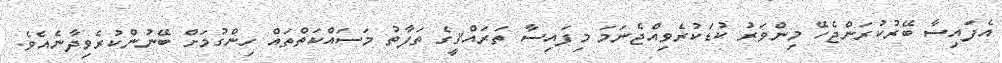
އެފައިސާ ބޭރުކުރަންޖެހޭ މިންވަރު ކުޑަކުރެވިއްޖެނަމަ މިފައިސާ ތަރައްޤީގެ ތަފާތު މަސައްކަތްތައް ހިންގުމަށް ބޭނުންކުރެވިދާނެއެވެ.